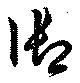
御